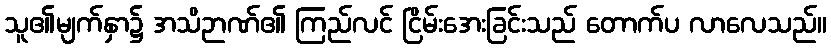
သူ၏မျက်နှာ၌ အသိဉာဏ်၏ ကြည်လင် ငြိမ်းအေးခြင်းသည် တောက်ပ လာလေသည်။